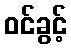
ဝင်ခွင့်